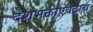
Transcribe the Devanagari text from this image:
देशभक्ताएवढाच